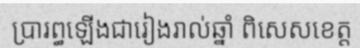
ប្រារព្ធឡើងជារៀងរាល់ឆ្នាំ ពិសេសខេត្ត